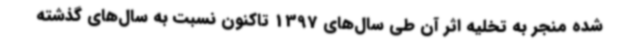
شده منجر به تخلیه اثر آن طی سال‌های 1397 تاکنون نسبت به سال‌های گذشته